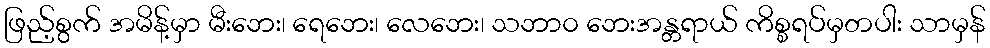
ဖြည့်စွက် အမိန့်မှာ မီးဘေး၊ ရေဘေး၊ လေဘေး၊ သဘာ၀ ဘေးအန္တရာယ် ကိစ္စရပ်မှတပါး သာမှန်